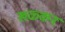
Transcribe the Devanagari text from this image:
खळ्कन